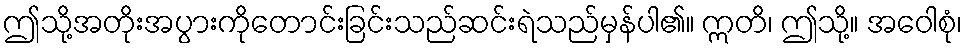
ဤသို့အတိုးအပွားကိုတောင်းခြင်းသည်ဆင်းရဲသည်မှန်ပါ၏။ ဣတိ၊ ဤသို့။ အဝေါစုံ၊